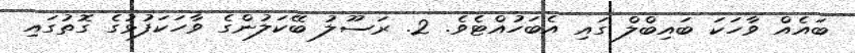
ބައެއް ވާހަކަ ބައިބްލް ގައި އެބަހުއްޓެވެ. 2. ރަސޫލު ބޭކަލުންގެ ވާހަކަފުޅުގެ ގޮތުގައި